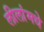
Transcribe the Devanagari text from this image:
लीलांमधे